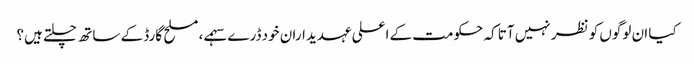
کیا ان لوگوں کو نظر نہیں آتا کہ حکومت کے اعلی عہدیداران خود ڈرے سہمے، مسلح گارڈ کے ساتھ چلتے ہیں؟